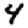
Digit: 4